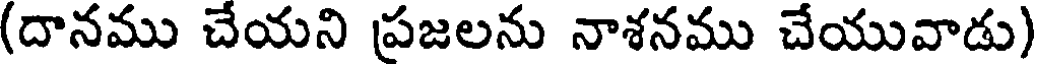
(దానము చేయని ప్రజలను నాశనము చేయువాడు)